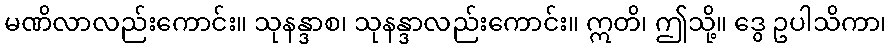
မဏိလာလည်းကောင်း။ သုနန္ဒာစ၊ သုနန္ဒာလည်းကောင်း။ ဣတိ၊ ဤသို့။ ဒွေ ဥပါသိကာ၊